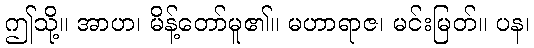
ဤသို့။ အာဟ၊ မိန့်တော်မူ၏။ မဟာရာဇ၊ မင်းမြတ်။ ပန၊